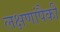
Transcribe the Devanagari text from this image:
लक्षणांपैकी